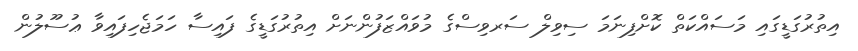
އިތުރުގަޑީގައި މަސައްކަތް ކޮށްފިނަމަ ސިވިލް ސަރވިސްގެ މުވައްޒަފުންނަށް އިތުރުގަޑީގެ ފައިސާ ހަމަޖެހިފައިވާ ޢުސޫލުން